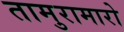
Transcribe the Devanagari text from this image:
तामुरामारो